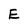
Character: E